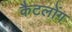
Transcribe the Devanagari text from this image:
कैटलोंग